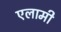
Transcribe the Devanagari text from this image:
एलामी